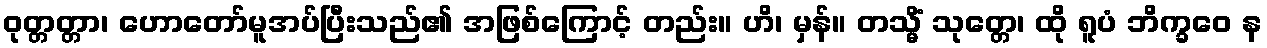
ဝုတ္တတ္တာ၊ ဟောတော်မူအပ်ပြီးသည်၏ အဖြစ်ကြောင့် တည်း။ ဟိ၊ မှန်။ တသ္မိံ သုတ္တေ၊ ထို ရူပံ ဘိက္ခဝေ န